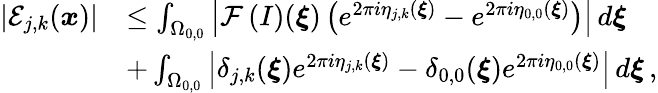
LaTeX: \begin{array}{rl}{\left\vert\mathcal{E}_{j,k}(\boldsymbol{x})\right\vert}&{\leq\int_{\Omega_{0,0}}\left\vert\mathcal{F}\left(I\right)(\boldsymbol{\xi})\left(e^{2\pi i\eta_{j,k}(\boldsymbol{\xi})}-e^{2\pi i\eta_{0,0}(\boldsymbol{\xi})}\right)\right\vert\, d\boldsymbol{\xi}}\\ {\qquad}&{+\int_{\Omega_{0,0}}\left\vert\delta_{j,k}(\boldsymbol{\xi})e^{2\pi i\eta_{j,k}(\boldsymbol{\xi})}-\delta_{0,0}(\boldsymbol{\xi})e^{2\pi i\eta_{0,0}(\boldsymbol{\xi})}\right\vert\, d\boldsymbol{\xi}\, ,}\end{array}